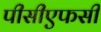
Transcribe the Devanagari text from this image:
पीसीएफसी